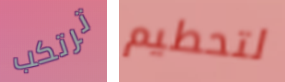
ترتكب لتحطيم